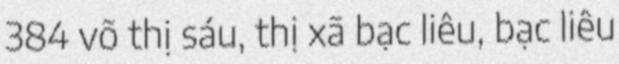
384 võ thị sáu, thị xã bạc liêu, bạc liêu